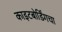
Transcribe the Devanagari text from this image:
काइटबोर्डिंगचा